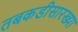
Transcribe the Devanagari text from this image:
तबकडीसारख्या